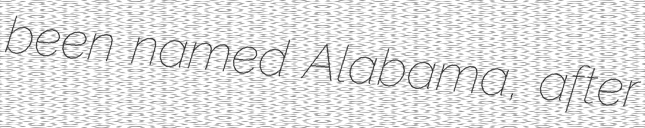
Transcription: been named Alabama, after